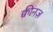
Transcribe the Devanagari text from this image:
क्वीनज़